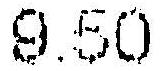
9.50